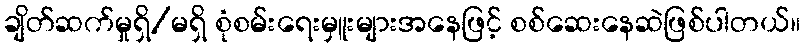
ချိတ်ဆက်မှုရှိ/မရှိ စုံစမ်းရေးမှူးများအနေဖြင့် စစ်ဆေးနေဆဲဖြစ်ပါတယ်။